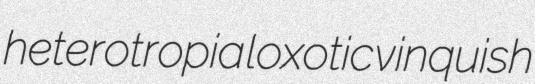
heterotropia loxotic vinquish